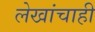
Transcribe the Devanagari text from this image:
लेखांचाही